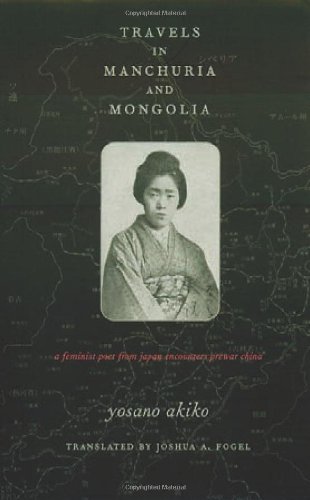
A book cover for Travels in Manchuria and Mongolia; Yosano Akiko; Gay & Lesbian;